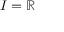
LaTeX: I = \mathbb { R }